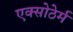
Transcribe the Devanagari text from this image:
एक्सोठेर्म